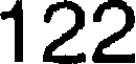
122